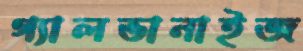
গ্যালভানাইজ